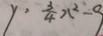
y = \frac { 3 } { 4 } x ^ { 2 } - 9